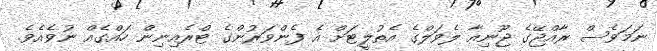
ނަމަވެސް ރާއްޖޭގެ ޖޫނިއާ ލެވަލްގެ އެތުލީޓަށް އެ ފެންވަރުންގެ ޓްރެއިނިން ހައްގެއް ނުވެއެވެ.